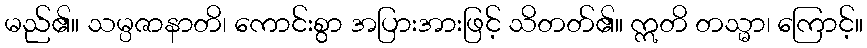
မည်၏။ သမ္ပဇာနာတိ၊ ကောင်းစွာ အပြားအားဖြင့် သိတတ်၏။ ဣတိ တသ္မာ၊ ကြောင့်။